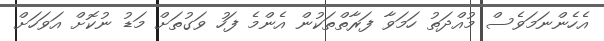
އެހެންނަމަވެސް މުއްދަތު ހަމަވާ ފަރާތްތަކުން އެންމެ ފަހު ވަގުތަށް މަޑު ނުކޮށް އަވަހަށް